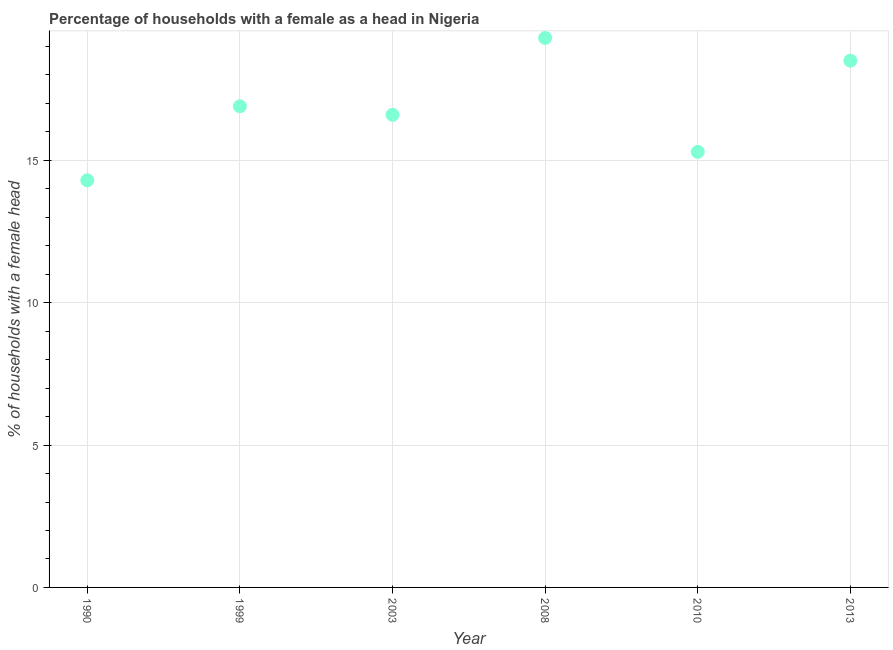
| Year | Female headed households |
 | --- | --- |
 | 1990 | 14.3 |
 | 1999 | 16.9 |
 | 2003 | 16.6 |
 | 2008 | 19.3 |
 | 2010 | 15.3 |
 | 2013 | 18.5 |